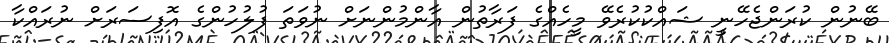
ބޭނުން ކުރަންޖެހޭނީ ޝައްކުކުރެވޭ މީހެއްގެ ފަރާތުން އާންމުންނަށް ނުވަތަ ފުލުހުންގެ އޮފިސަރަށް ނުރައްކާ